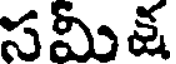
సమిక్ష